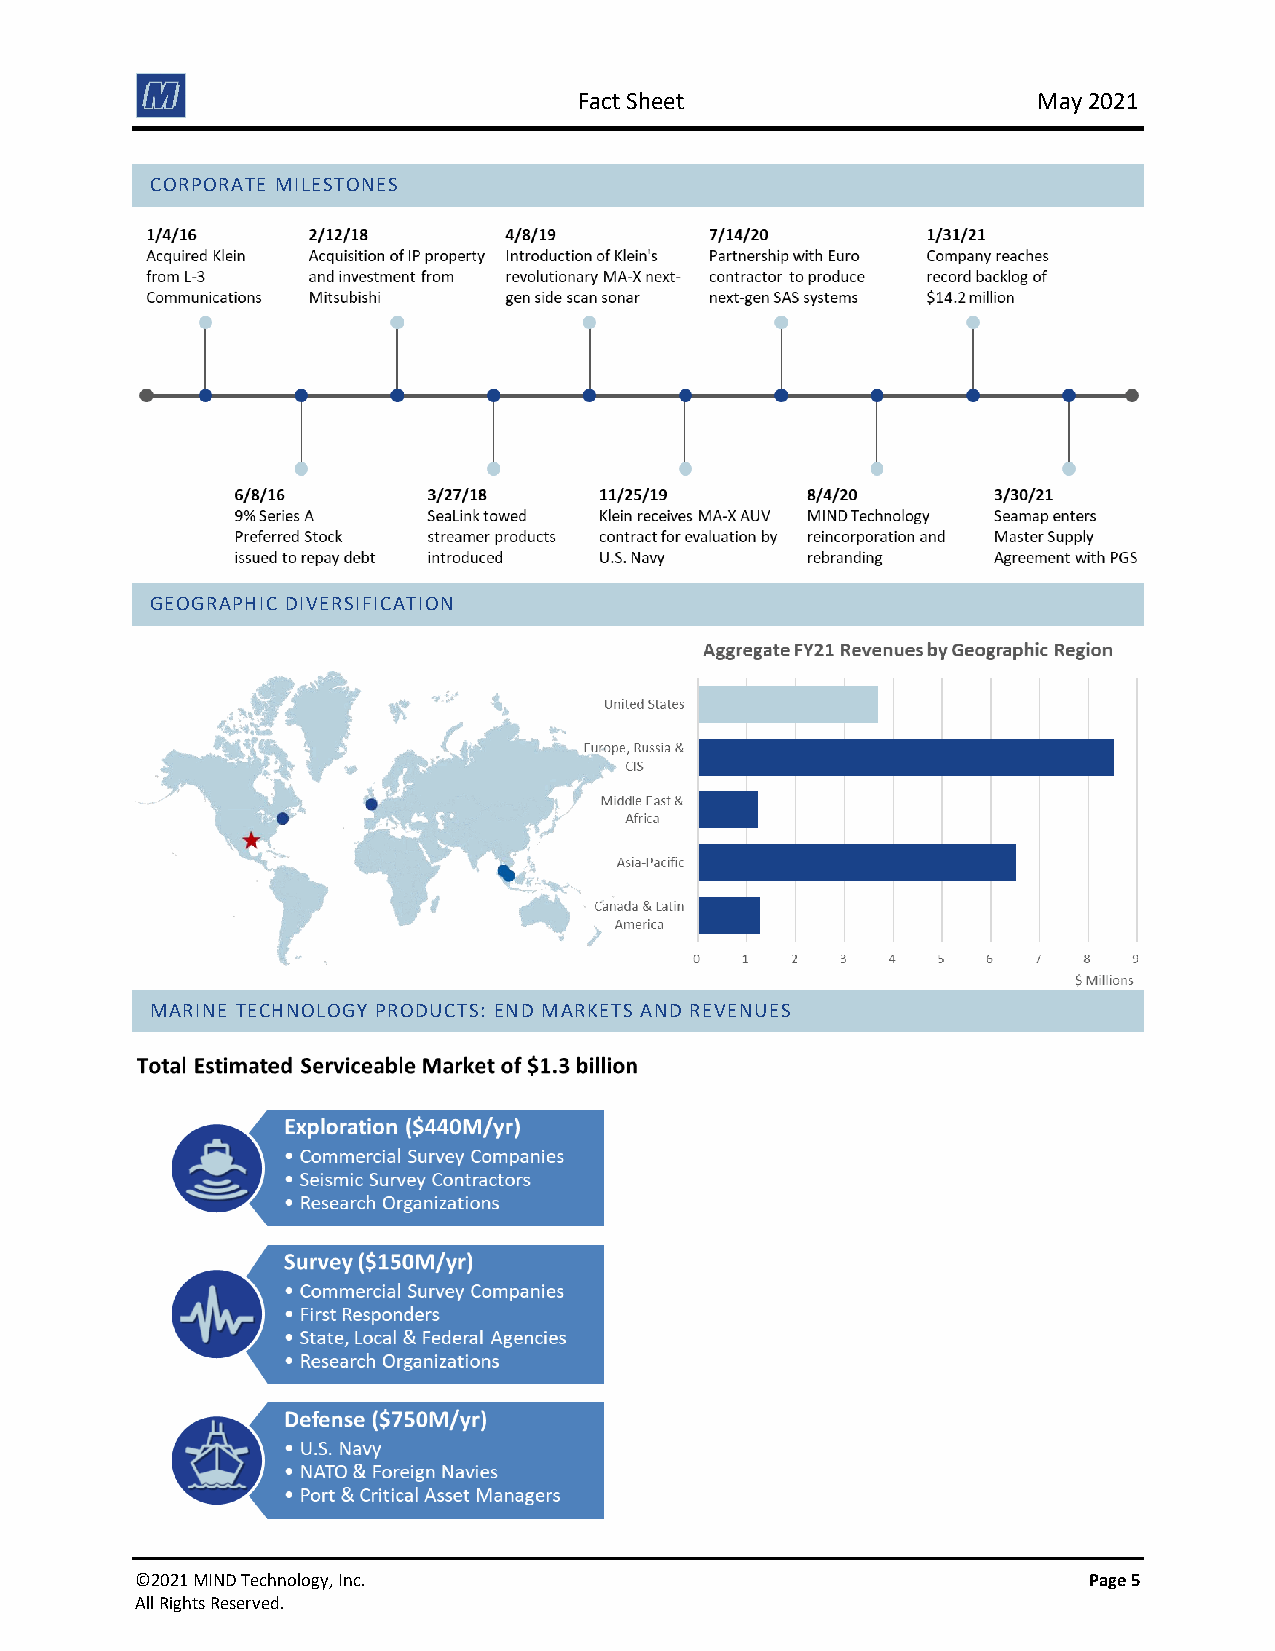
Fact Sheet                     May 2021
 CORPORATE MILESTONES
 GEOGRAPHIC DIVERSIFICATION
 MARINE TECHNOLOGY PRODUCTS: END MARKETS AND REVENUES
 ©2021 MIND Technology, Inc.                                    Page 5
 All Rights Reserved.